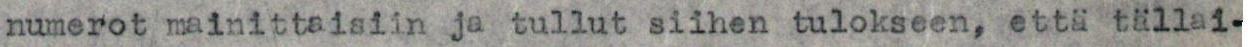
numerot mainittaisiin ja tullut siihen tulokseen, että tällai-